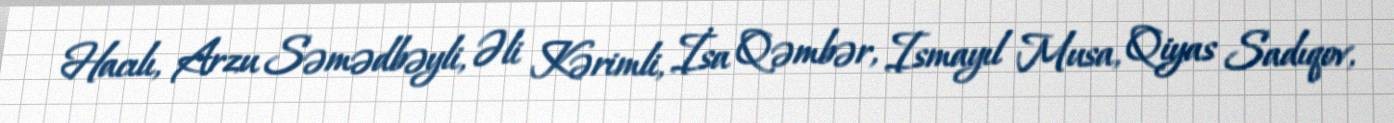
Hacılı, Arzu Səmədbəyli, Əli Kərimli, İsa Qəmbər, Ismayıl Musa, Qiyas Sadıqov,